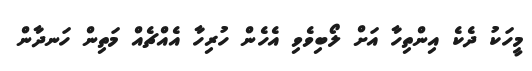
މީހަކު ދެކެ އިންތިހާ އަށް ލޯބިވެވި އެހެން ހުރިހާ އެއްޗެއް މަތިން ހަނދާން